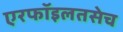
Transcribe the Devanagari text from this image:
एरफॉइलतसेच